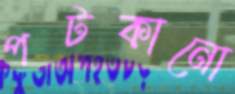
পটকানো